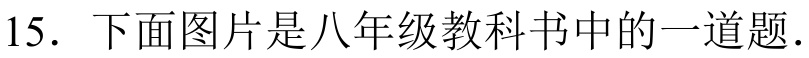
15. 下面图片是八年级教科书中的一道题.